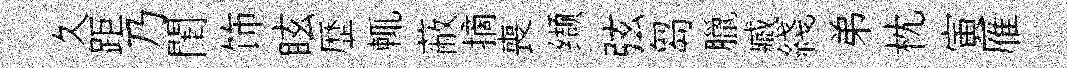
久距乃閨饰眩歴輒蔽摘喪缬弦芻臘臧綫弟枕寅雁